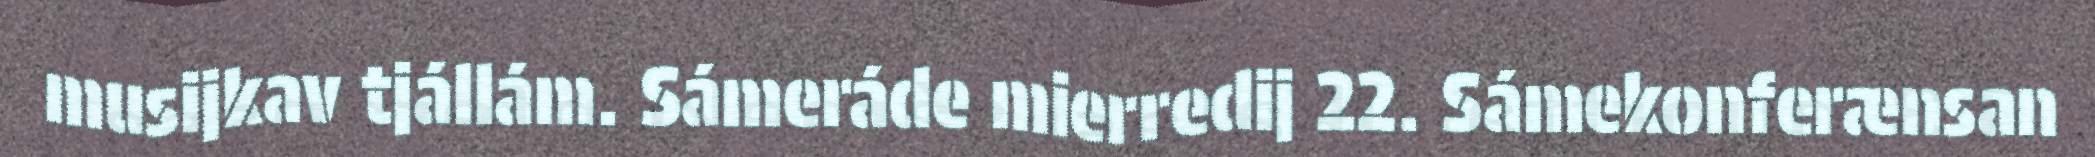
musijkav tjállám. Sámeráde mierredij 22. Sámekonferænsan